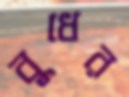
বুধের